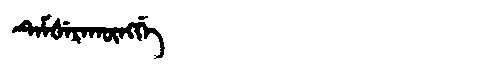
Manchu: ᡨᡝᠮᡧᡝᡵᠠᡴᡡᠩᡤᡝ
Romanization: TEMŠERAKŪNGGE